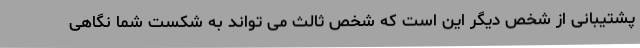
پشتیبانی از شخص دیگر این است که شخص ثالث می تواند به شکست شما نگاهی